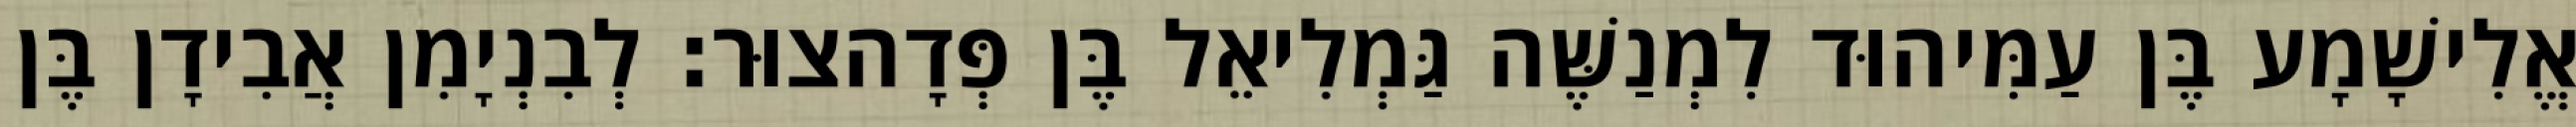
אֱלִישָׁמָע בֶּן עַמִּיהוּד לִמְנַשֶּׁה גַּמְלִיאֵל בֶּן פְּדָהצוּר׃ לְבִנְיָמִן אֲבִידָן בֶּן